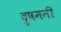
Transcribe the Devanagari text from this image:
दुषमनी